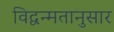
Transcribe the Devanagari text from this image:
विद्वन्मतानुसार